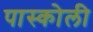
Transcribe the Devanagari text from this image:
पास्कोली